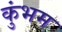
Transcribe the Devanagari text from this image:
कुंभम